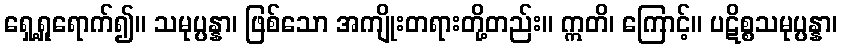
ရှေ့ရှုရောက်၍။ သမုပ္ပန္နာ၊ ဖြစ်သော အကျိုးတရားတို့တည်း။ ဣတိ၊ ကြောင့်။ ပဋိစ္စသမုပ္ပန္နာ၊